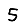
Digit: 5